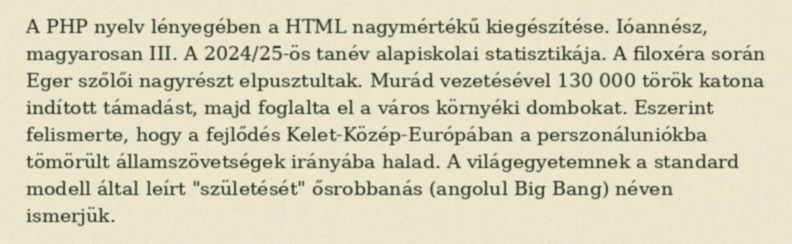
A PHP nyelv lényegében a HTML nagymértékű kiegészítése. Ióannész, magyarosan III. A 2024/25-ös tanév alapiskolai statisztikája. A filoxéra során Eger szőlői nagyrészt elpusztultak. Murád vezetésével 130 000 török katona indított támadást, majd foglalta el a város környéki dombokat. Eszerint felismerte, hogy a fejlődés Kelet-Közép-Európában a perszonáluniókba tömörült államszövetségek irányába halad. A világegyetemnek a standard modell által leírt "születését" ősrobbanás (angolul Big Bang) néven ismerjük.